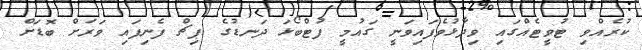
ކުރެއްވި ޓުވީޓެއްގައި ވިދާޅުވެފައިވަނީ ގައުމީ ފުޓްބޯޅަ ދަނޑުގެ ޕިޗް ފެނިފައި ވަރަށް ބޮޑަށް